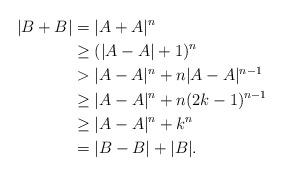
LaTeX: \begin{align*}|B+B| & = |A+A|^n \\& \geq (|A-A|+1)^n \\& > |A-A|^n + n|A-A|^{n-1} \\& \geq |A-A|^n + n(2k-1)^{n-1} \\& \geq |A-A|^n + k^n \\& = |B-B| + |B|.\end{align*}